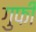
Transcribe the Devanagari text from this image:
गुफी